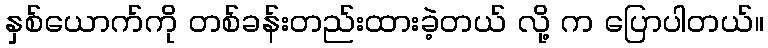
နှစ်ယောက်ကို တစ်ခန်းတည်းထားခဲ့တယ် လို့ က ပြောပါတယ်။